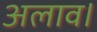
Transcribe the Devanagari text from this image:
अलाव।